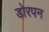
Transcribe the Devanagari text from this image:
डोरपन